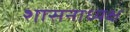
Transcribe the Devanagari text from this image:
शासनाध्‍यक्ष